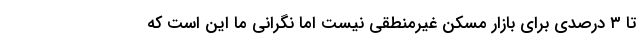
تا ۳ درصدی برای بازار مسکن غیرمنطقی نیست اما نگرانی ما این است که